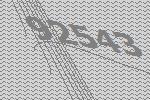
92543